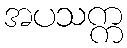
အပသက္က